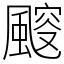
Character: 䬒